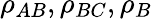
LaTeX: \rho_{AB},\rho_{BC},\rho_{B}